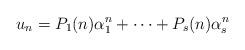
LaTeX: \begin{align*}u_n=P_1(n)\alpha_1^n+\cdots+P_s(n)\alpha_s^n\end{align*}